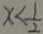
x < \frac { 1 } { 2 }